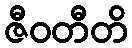
ဇီဝတီတိ